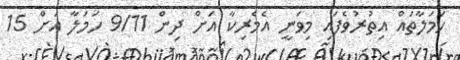
ހަމަލާތައް އިތުރުވެފައި މިވަނީ އެމެރިކާ އަށް ދިން 9/11 ހަމަލާ އަށް 15